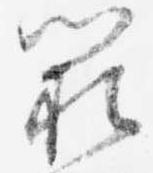
闕